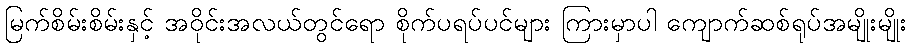
မြက်စိမ်းစိမ်းနှင့် အဝိုင်းအလယ်တွင်ရော စိုက်ပရပ်ပင်များ ကြားမှာပါ ကျောက်ဆစ်ရုပ်အမျိုးမျိုး